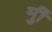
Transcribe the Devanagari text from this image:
र्मुी